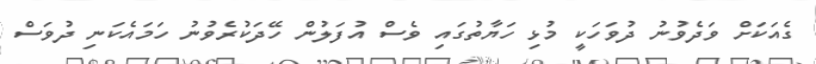
ގެއަކަށް ވަދެވުނު ދުވަހަކީ މުޅި ހަޔާތުގައި ވެސް އުފަލުން ހޭދަކުރެވުނު ހަމައެކަނި ދުވަސް